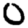
Digit: 0